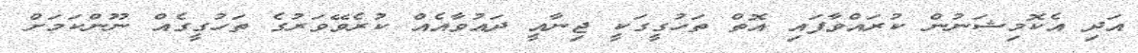
އަދި އެކޮމިޝަނުން ކުރައްވާފައި އޮތް ތަހުގީގަކީ ޖިނާއީ ދައުވާއެއް ކުރެވޭވަރުގެ ތަހުގީގެއް ނޫންކަމަށް